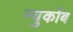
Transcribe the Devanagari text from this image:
न्युकोंब